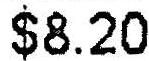
$8.20